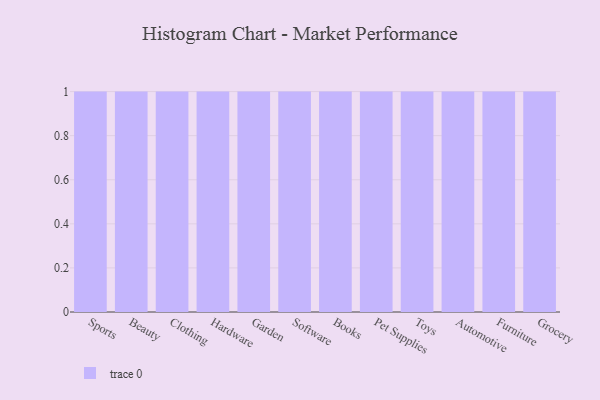
{"axis": {"x": "Category", "y": "Production Output"}, "legend": [""], "data": [{"x": "Sports", "y": 83, "type": ""}, {"x": "Beauty", "y": 17, "type": ""}, {"x": "Clothing", "y": 91, "type": ""}, {"x": "Hardware", "y": 20, "type": ""}, {"x": "Garden", "y": 92, "type": ""}, {"x": "Software", "y": 36, "type": ""}, {"x": "Books", "y": 53, "type": ""}, {"x": "Pet Supplies", "y": 3, "type": ""}, {"x": "Toys", "y": 68, "type": ""}, {"x": "Automotive", "y": 79, "type": ""}, {"x": "Furniture", "y": 76, "type": ""}, {"x": "Grocery", "y": 9, "type": ""}]}